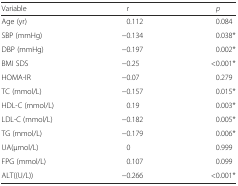
<table><thead><tr><td><b>Variable</b></td><td><b>r</b></td><td><b><i>p</i></b></td></tr></thead><tbody><tr><td>Age (yr)</td><td>0.112</td><td>0.084</td></tr><tr><td>SBP (mmHg)</td><td>−0.134</td><td>0.038*</td></tr><tr><td>DBP (mmHg)</td><td>−0.197</td><td>0.002*</td></tr><tr><td>BMI SDS</td><td>−0.25</td><td>&lt;0.001*</td></tr><tr><td>HOMA-IR</td><td>−0.07</td><td>0.279</td></tr><tr><td>TC (mmol/L)</td><td>−0.157</td><td>0.015*</td></tr><tr><td>HDL-C (mmol/L)</td><td>0.19</td><td>0.003*</td></tr><tr><td>LDL-C (mmol/L)</td><td>−0.182</td><td>0.005*</td></tr><tr><td>TG (mmol/L)</td><td>−0.179</td><td>0.006*</td></tr><tr><td>UA(μmol/L)</td><td>0</td><td>0.999</td></tr><tr><td>FPG (mmol/L)</td><td>0.107</td><td>0.099</td></tr><tr><td>ALT((U/L))</td><td>−0.266</td><td>&lt;0.001*</td></tr></tbody></table>